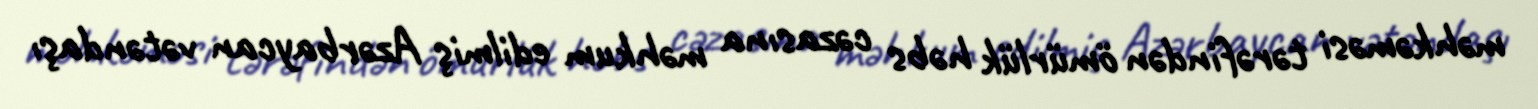
məhkəməsi tərəfindən ömürlük həbs cəzasına məhkum edilmiş Azərbaycan vətəndaşı